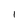
Character: I